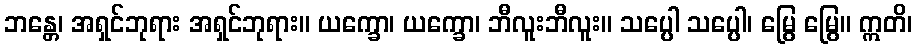
ဘန္တေ၊ အရှင်ဘုရား အရှင်ဘုရား။ ယက္ခော၊ ယက္ခော၊ ဘီလူးဘီလူး။ သပ္ပေါ သပ္ပေါ၊ မြွေ မြွေ။ ဣတိ၊